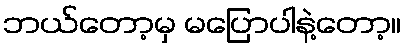
ဘယ်တော့မှ မပြောပါနဲ့တော့။